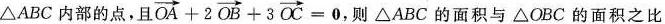
是△ABC内部的点，且 $$\overrightarrow { O A } + 2 \overrightarrow { O B } + 3 \overrightarrow { O C } = 0$$ 则△ABC的面积与△OBC的面积之比